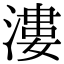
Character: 漊